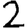
Digit: 2